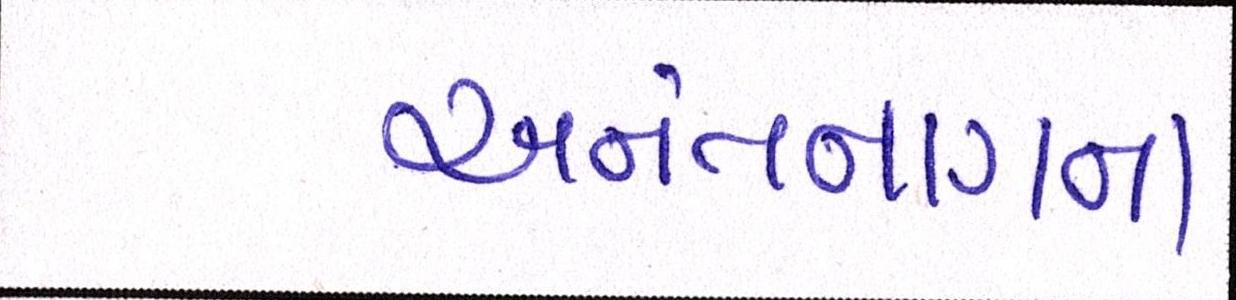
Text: અનંતનાગના